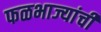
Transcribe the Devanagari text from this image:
फळभाज्यांची